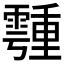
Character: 𩅞